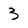
Character: 3